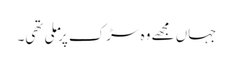
جہاں مجھے وہ سڑک پر ملی تھی۔